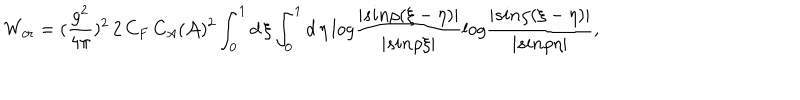
W _ { c r } = ( { \frac { g ^ { 2 } } { 4 \pi } } ) ^ { 2 } \, 2 \, C _ { F } \, C _ { A } ( { \cal A } ) ^ { 2 } \int _ { 0 } ^ { 1 } d \, \xi \int _ { 0 } ^ { 1 } d \, \eta \, l o g { \frac { | s i n \rho ( \xi - \eta ) | } { | s i n \rho \xi | } } l o g { \frac { | s i n \rho ( \xi - \eta ) | } { | s i n \rho \eta | } } ,